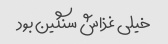
خیلی غذاش سنگین بود